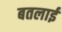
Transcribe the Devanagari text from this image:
बतलाईं